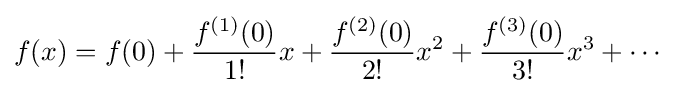
f(x)=f(0)+{\frac {f^{(1)}(0)}{1!}}x+{\frac {f^{(2)}(0)}{2!}}x^{2}+{\frac {f^{(3)}(0)}{3!}}x^{3}+\cdots